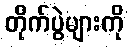
တိုက်ပွဲများကို